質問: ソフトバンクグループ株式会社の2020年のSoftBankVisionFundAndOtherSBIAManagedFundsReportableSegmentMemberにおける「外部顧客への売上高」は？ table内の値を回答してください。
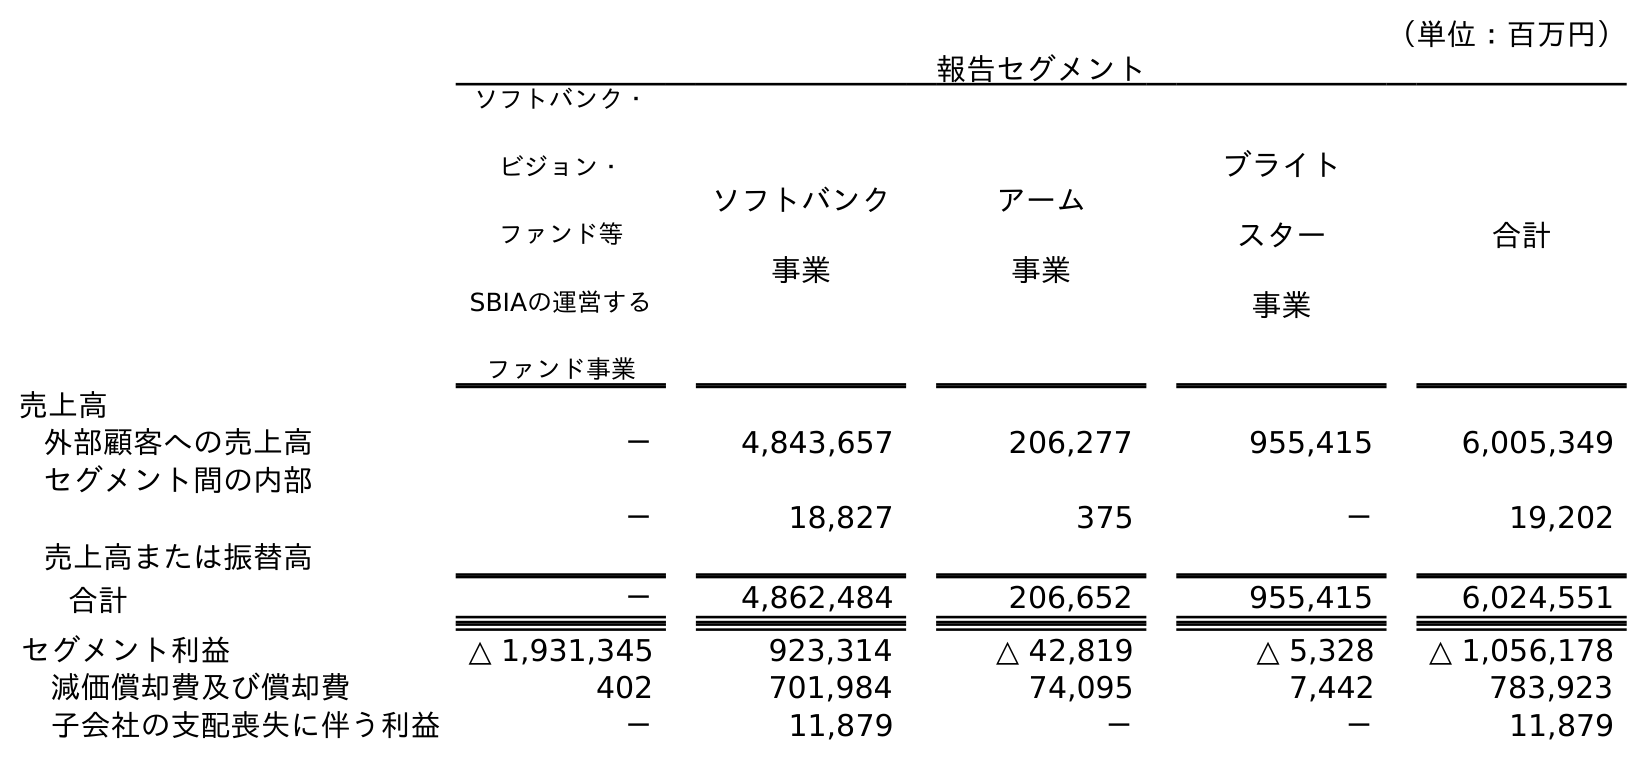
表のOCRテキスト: （単位：百万円） 報告セグメント ソフトバンク・ ビジョン・ ファンド等 SBIAの運営する ファンド事業 ソフトバンク 事業 アーム 事業 ブライト スター 事業 合計 売上高 外部顧客への売上高 － 4,843,657 206,277 955,415 6,005,349 セグメント間の内部 売上高または振替高 － 18,827 375 － 19,202 合計 － 4,862,484 206,652 955,415 6,024,551 セグメント利益 △ 1,931,345 923,314 △ 42,819 △ 5,328 △ 1,056,178 減価償却費及び償却費 402 701,984 74,095 7,442 783,923 子会社の支配喪失に伴う利益 － 11,879 － － 11,879
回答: －